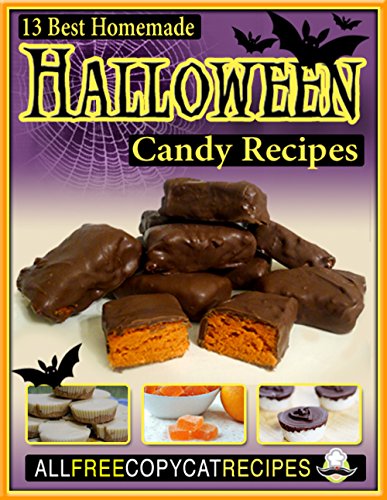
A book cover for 13 Best Homemade Halloween Candy Recipes; Prime Publishing; Cookbooks, Food & Wine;